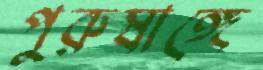
পুরুষাঙ্গে